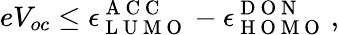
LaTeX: eV_{oc}\leq\epsilon_{\mathrm{~L~U~M~O~}}^{\mathrm{~A~C~C~}}-\epsilon_{\mathrm{~H~O~M~O~}}^{\mathrm{~D~O~N~}}\, ,